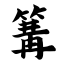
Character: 篝